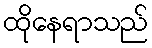
ထိုနေရာသည်